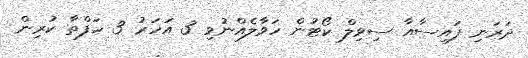
ދަރަނި ފައިސާއާ ސިވިލް ކޯޓުން ހަވާލެއްނުވި 3 އަހަރު 3 ހަފްތާ ކުރިން